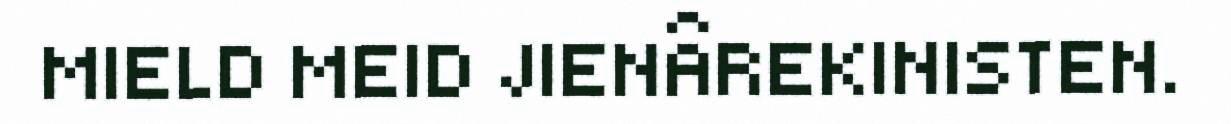
MIELD MEID JIENÂREKINISTEN.